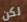
لكن